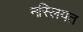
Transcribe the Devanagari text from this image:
नस्लियत